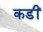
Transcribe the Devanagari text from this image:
कडीं